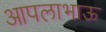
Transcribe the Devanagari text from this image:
आपलाभाऊ